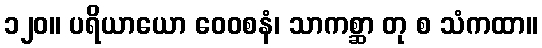
၁၂၀။ ပရိယာယော ဝေဝစနံ၊ သာကစ္ဆာ တု စ သံကထာ။